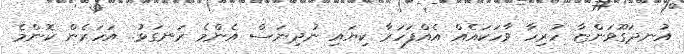
އުނދަގޫވަންޏާ ހުރިހާ ވާހަކައެއް އެއްފަހަރާ ކިޔައި ނުދިނަސް އެންމެ ރަނގަޅު.. އަހަރެން ކޮންމެ